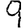
Digit: 9